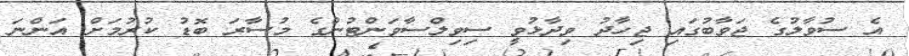
އެ ސުވާލުގެ ޖަވާބުގައި ޖިހާދު ވިދާޅުވީ ސިވިލްސާވަންޓުންގެ މުސާރަ ބޮޑު ކުރުމަށް އަންނަ